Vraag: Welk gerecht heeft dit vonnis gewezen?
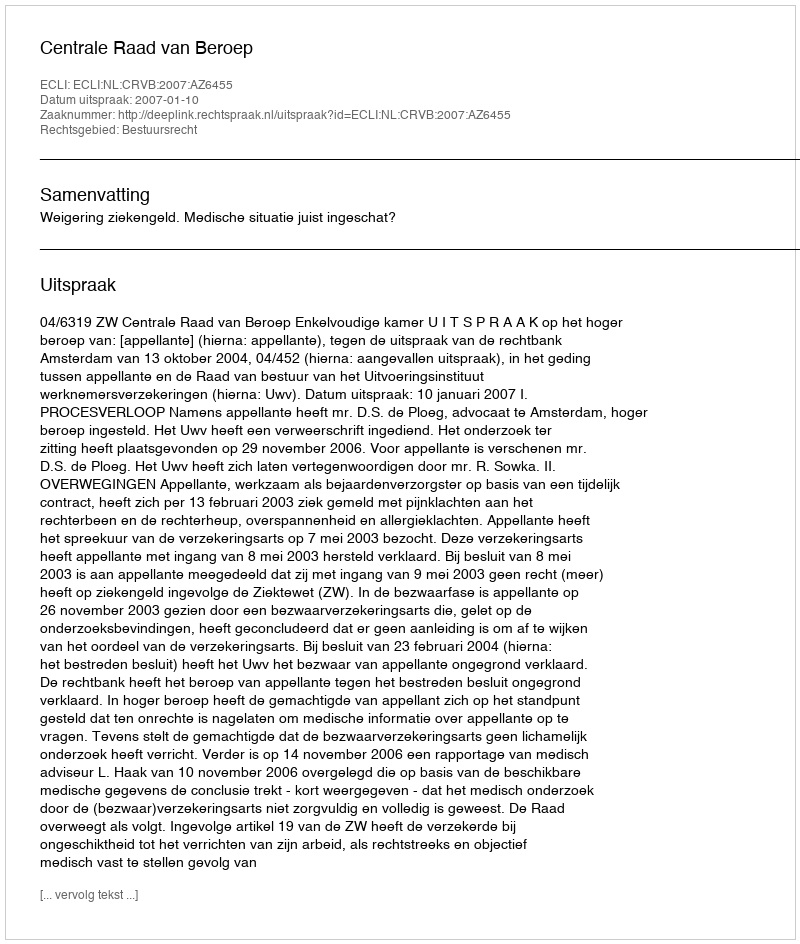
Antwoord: Centrale Raad van Beroep